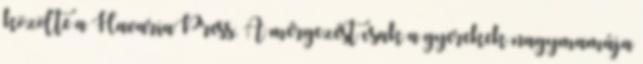
közölte a HavariaPress. A mérgezést csak a gyerekek nagymamája